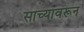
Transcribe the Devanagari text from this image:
साच्यावरून